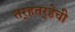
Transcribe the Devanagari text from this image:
तर्‍हतर्‍हेची